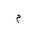
Letter: _mim